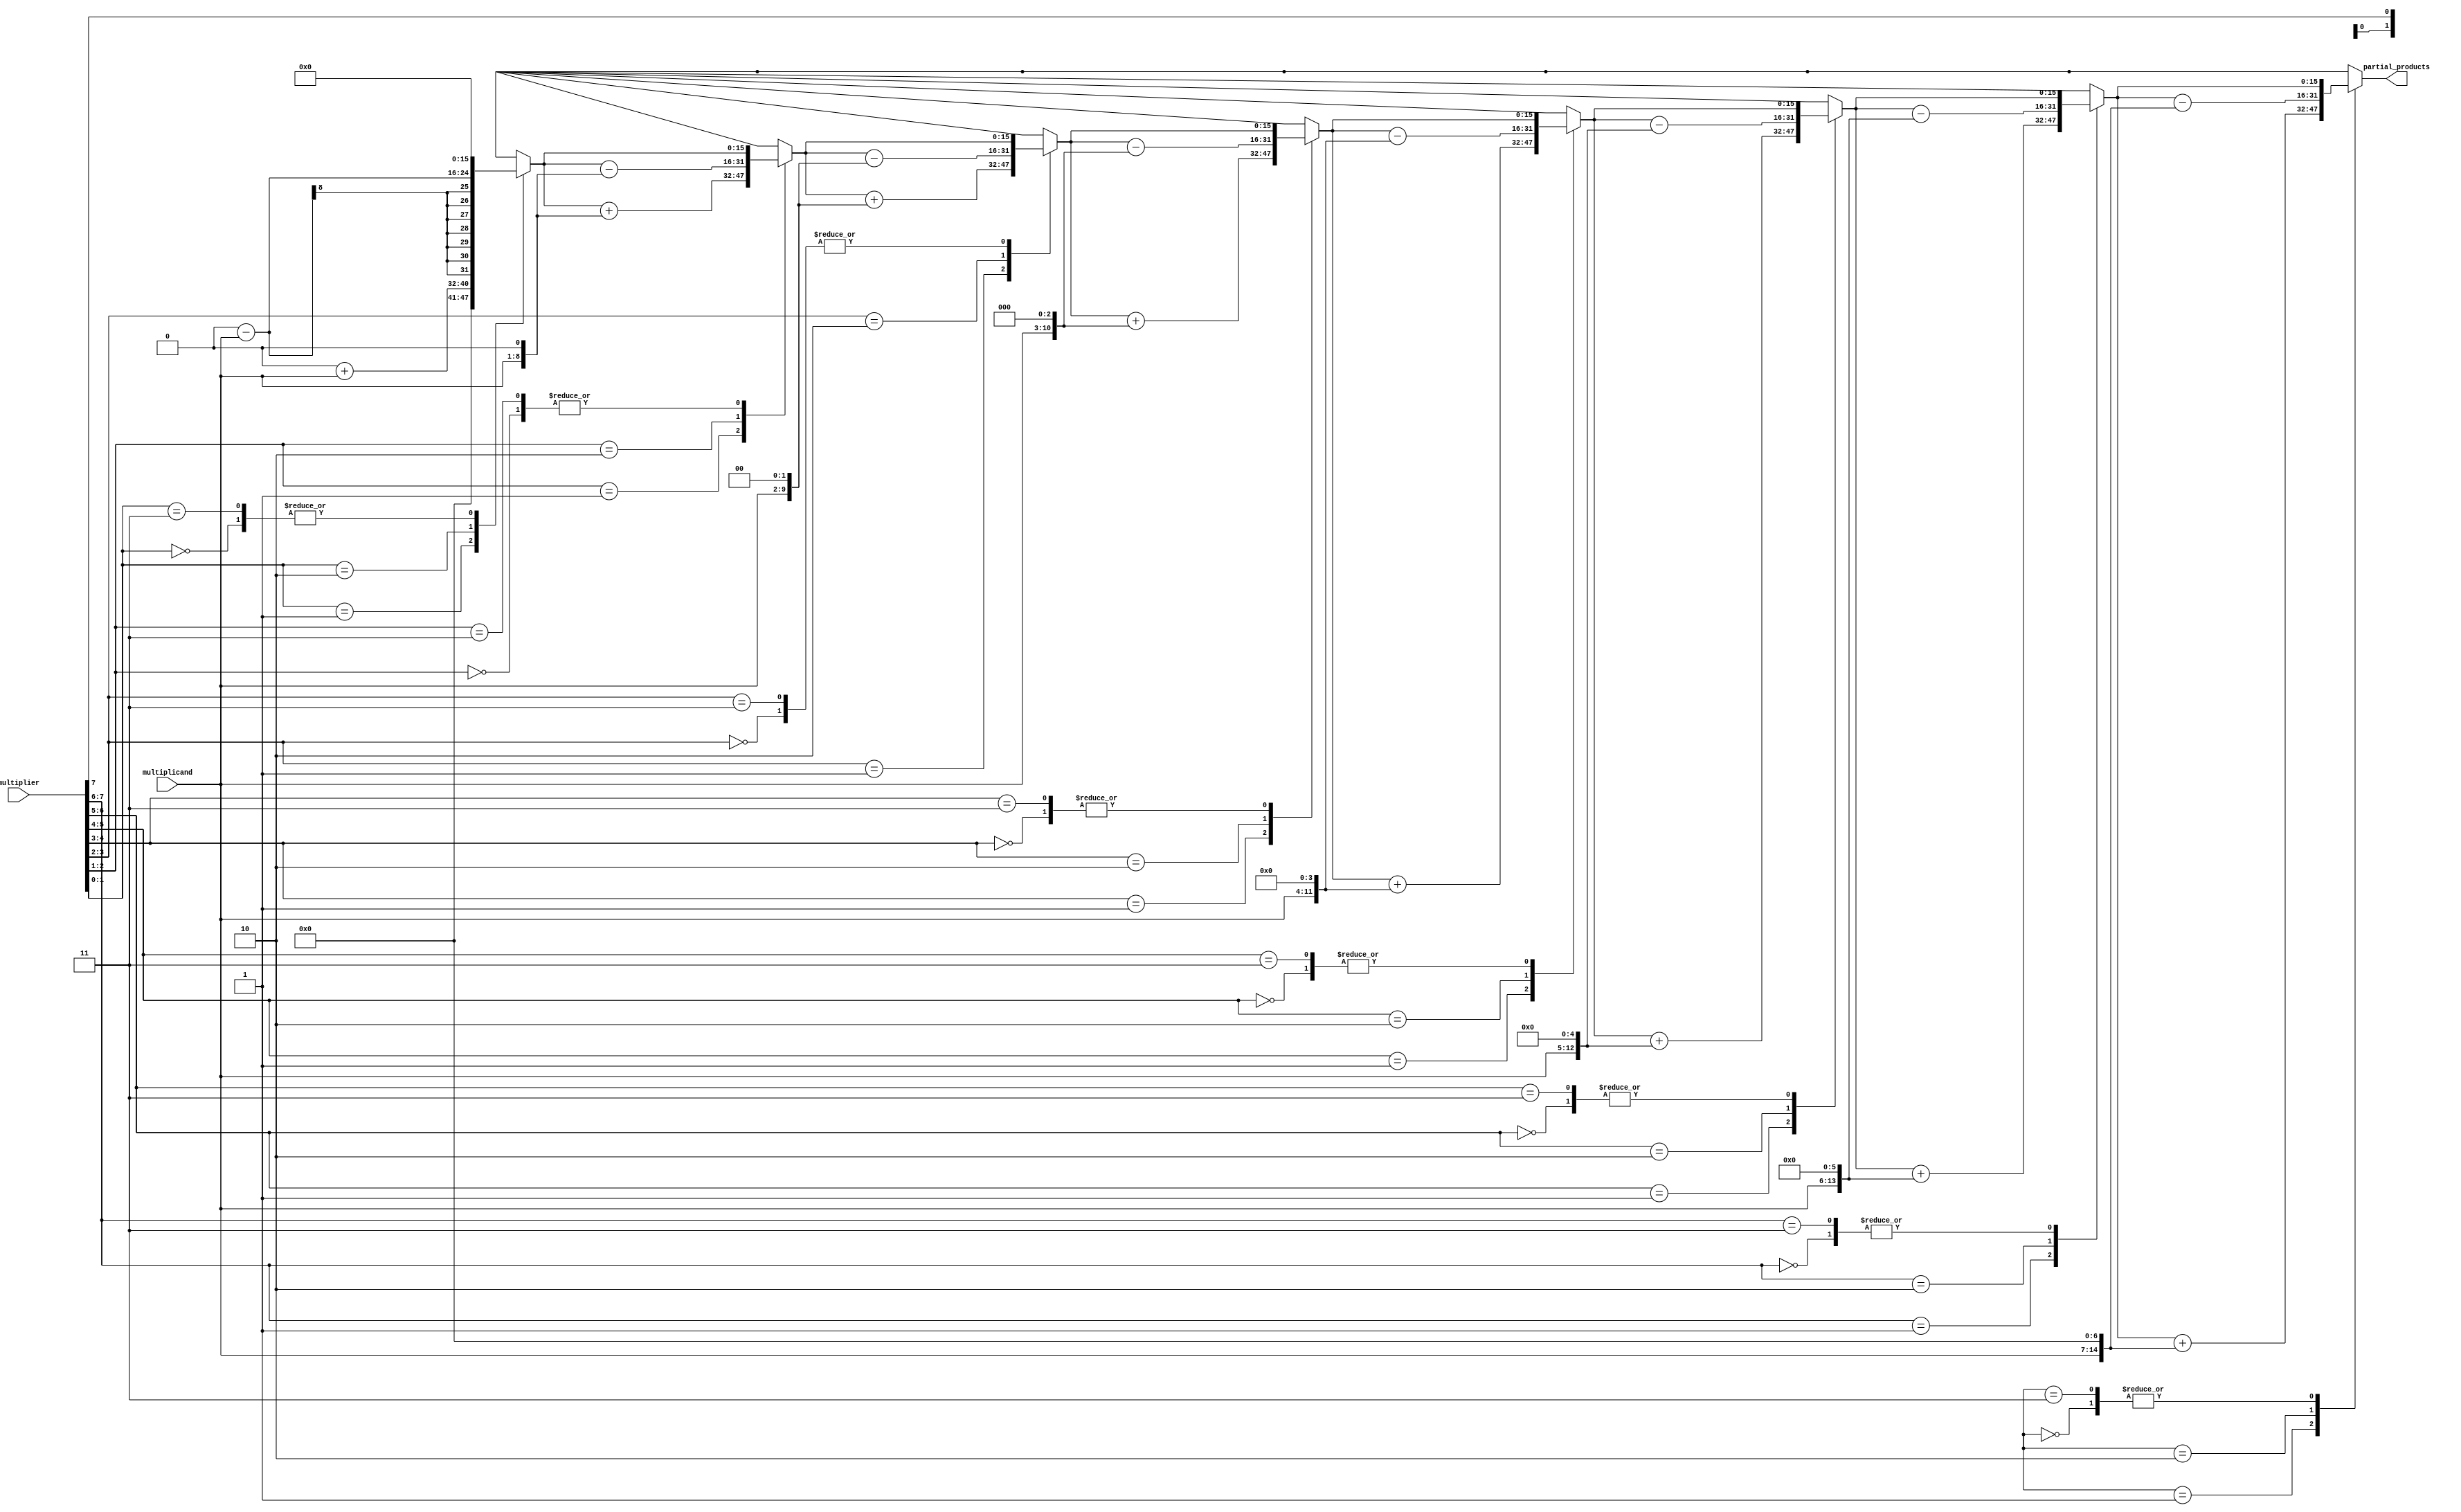
module booth_encode (
    input signed [N-1:0] multiplicand,
    input signed [M-1:0] multiplier,
    output reg [2*N-1:0] partial_products
);
    parameter N = 8; // Bit-width of multiplicand
    parameter M = 8; // Bit-width of multiplier

    integer i;
    reg [M-1:0] multiplier_ext;
    
    always @(*) begin
        multiplier_ext = {1'b0, multiplier}; // Extend multiplier with a zero
        partial_products = 0;

        for (i = 0; i < M; i = i + 1) begin
            case (multiplier_ext[i+1:i])
                2'b00: partial_products = partial_products;                       // Do nothing
                2'b01: partial_products = partial_products + (multiplicand << i); // Add multiplicand
                2'b10: partial_products = partial_products - (multiplicand << i); // Subtract multiplicand
                2'b11: partial_products = partial_products;                       // Do nothing
            endcase
        end
    end
endmodule